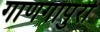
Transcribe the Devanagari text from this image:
गाणगापुरी